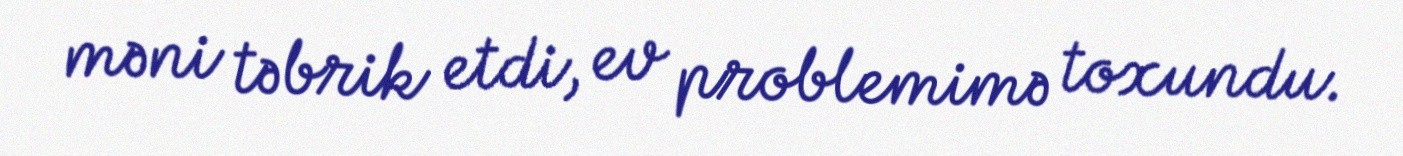
məni təbrik etdi, ev problemimə toxundu.